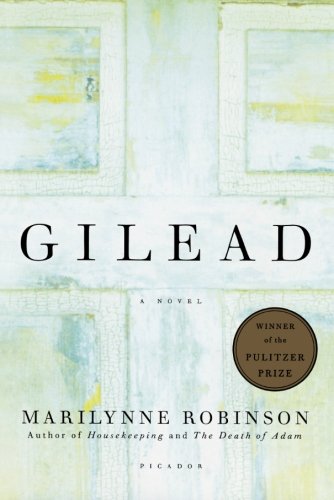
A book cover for Gilead: A Novel; Marilynne Robinson; Literature & Fiction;